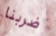
ضربنا